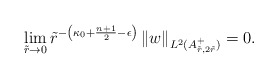
\begin{align*}\lim\limits_{\tilde{r} \rightarrow 0 } \tilde{r}^{-\left(\kappa_0 + \frac{n+1}{2} - \epsilon\right) } \left\|w \right\|_{L^2(A_{\tilde{r},2 \tilde{r}}^+)} &= 0.\end{align*}